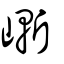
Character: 嶃